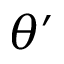
\theta ^ { \prime }